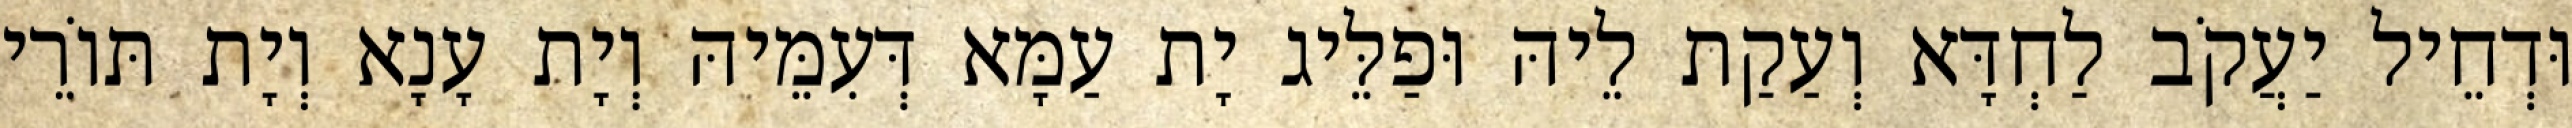
וּדְחֵיל יַעֲקֹב לַחְדָּא וְעַקַת לֵיהּ וּפַלֵּיג יָת עַמָּא דְּעִמֵּיהּ וְיָת עָנָא וְיָת תּוֹרֵי